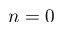
n = 0